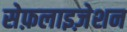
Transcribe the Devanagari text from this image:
सेफ़लाइज़ेशन